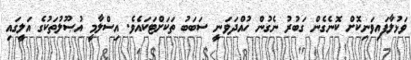
ވަޅުލާފައިވަނިކޮށް ކޮނެގެން ގަބުރު ނެގުން ހުއްދަވަނީ ސަބަބު ތަކަށްޓަކައެވެ. އިސްލާމީ އުޞޫލުތަކުގެ އަލީގައި